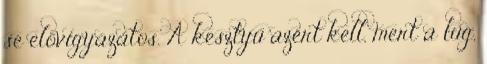
se elővigyázatos. A kesztyű azért kell, mert a lúg,